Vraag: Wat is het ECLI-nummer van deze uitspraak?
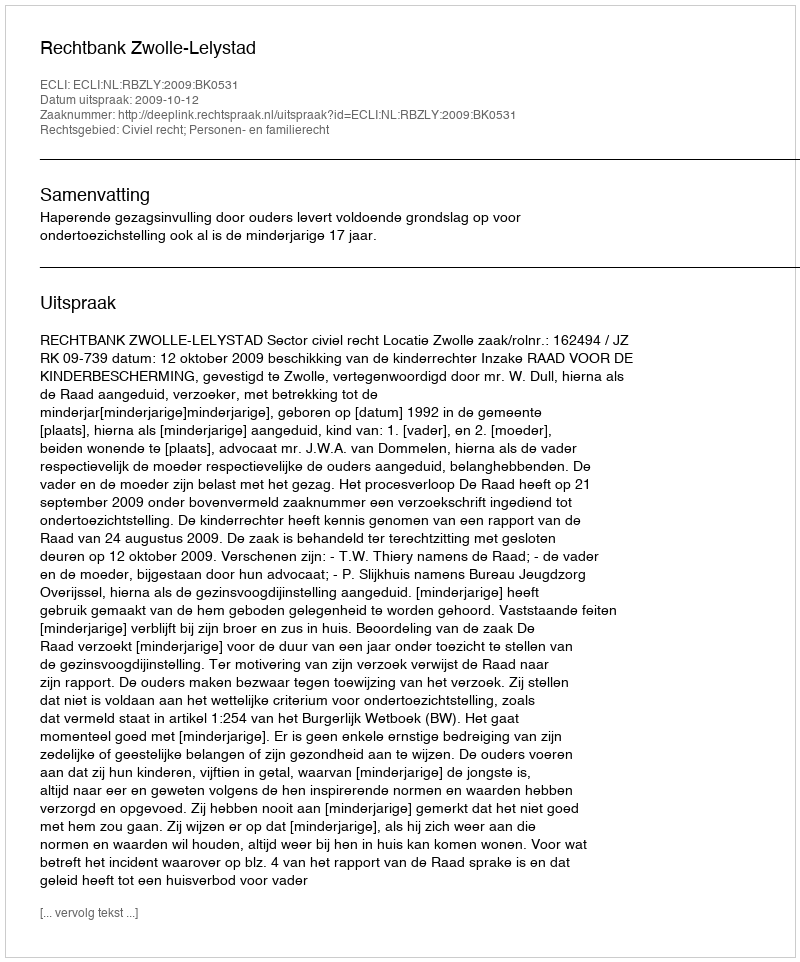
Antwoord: ECLI:NL:RBZLY:2009:BK0531